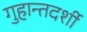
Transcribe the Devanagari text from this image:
गुहान्तदर्शी